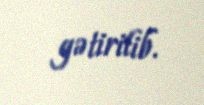
gətirilib.